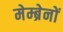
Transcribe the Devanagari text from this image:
मेम्ब्रेनों